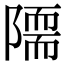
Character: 𨼏